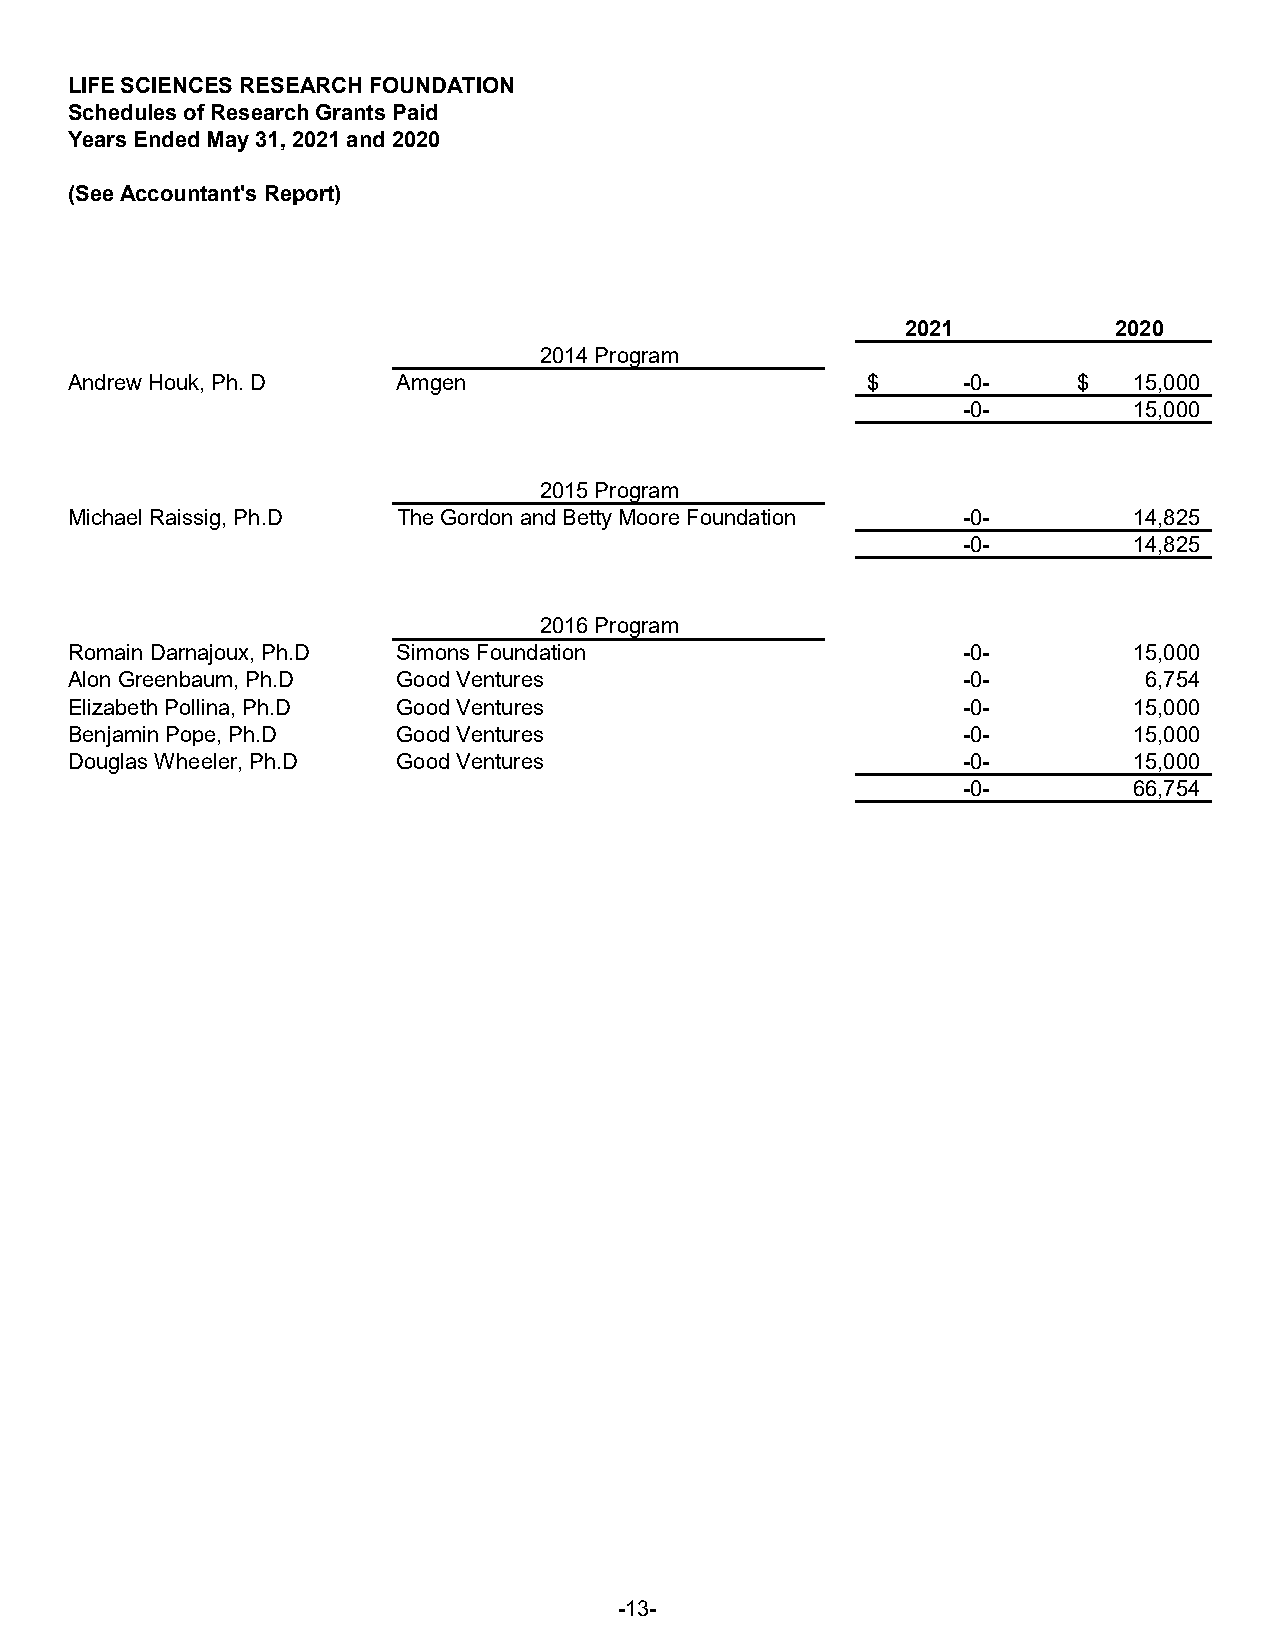
LIFE SCIENCES RESEARCH FOUNDATION
 Schedules of Research Grants Paid
 Years Ended May 31, 2021 and 2020
 (See Accountant's Report)
 2021          2020
 2014 Program
 Andrew Houk, Ph. D    Amgen                          $      - 0-   $   15,000
 - 0-       15,000
 2015 Program
 Michael Raissig, Ph.D The Gordon and Betty Moore Foundation - 0-       14,825
 - 0-       14,825
 2016 Program
 Romain Darnajoux, Ph.D Simons Foundation                    - 0-       15,000
 Alon Greenbaum, Ph.D  Good Ventures                         - 0-        6,754
 Elizabeth Pollina, Ph.D Good Ventures                       - 0-       15,000
 Benjamin Pope, Ph.D   Good Ventures                         - 0-       15,000
 Douglas Wheeler, Ph.D Good Ventures                         - 0-       15,000
 - 0-       66,754
 -13-